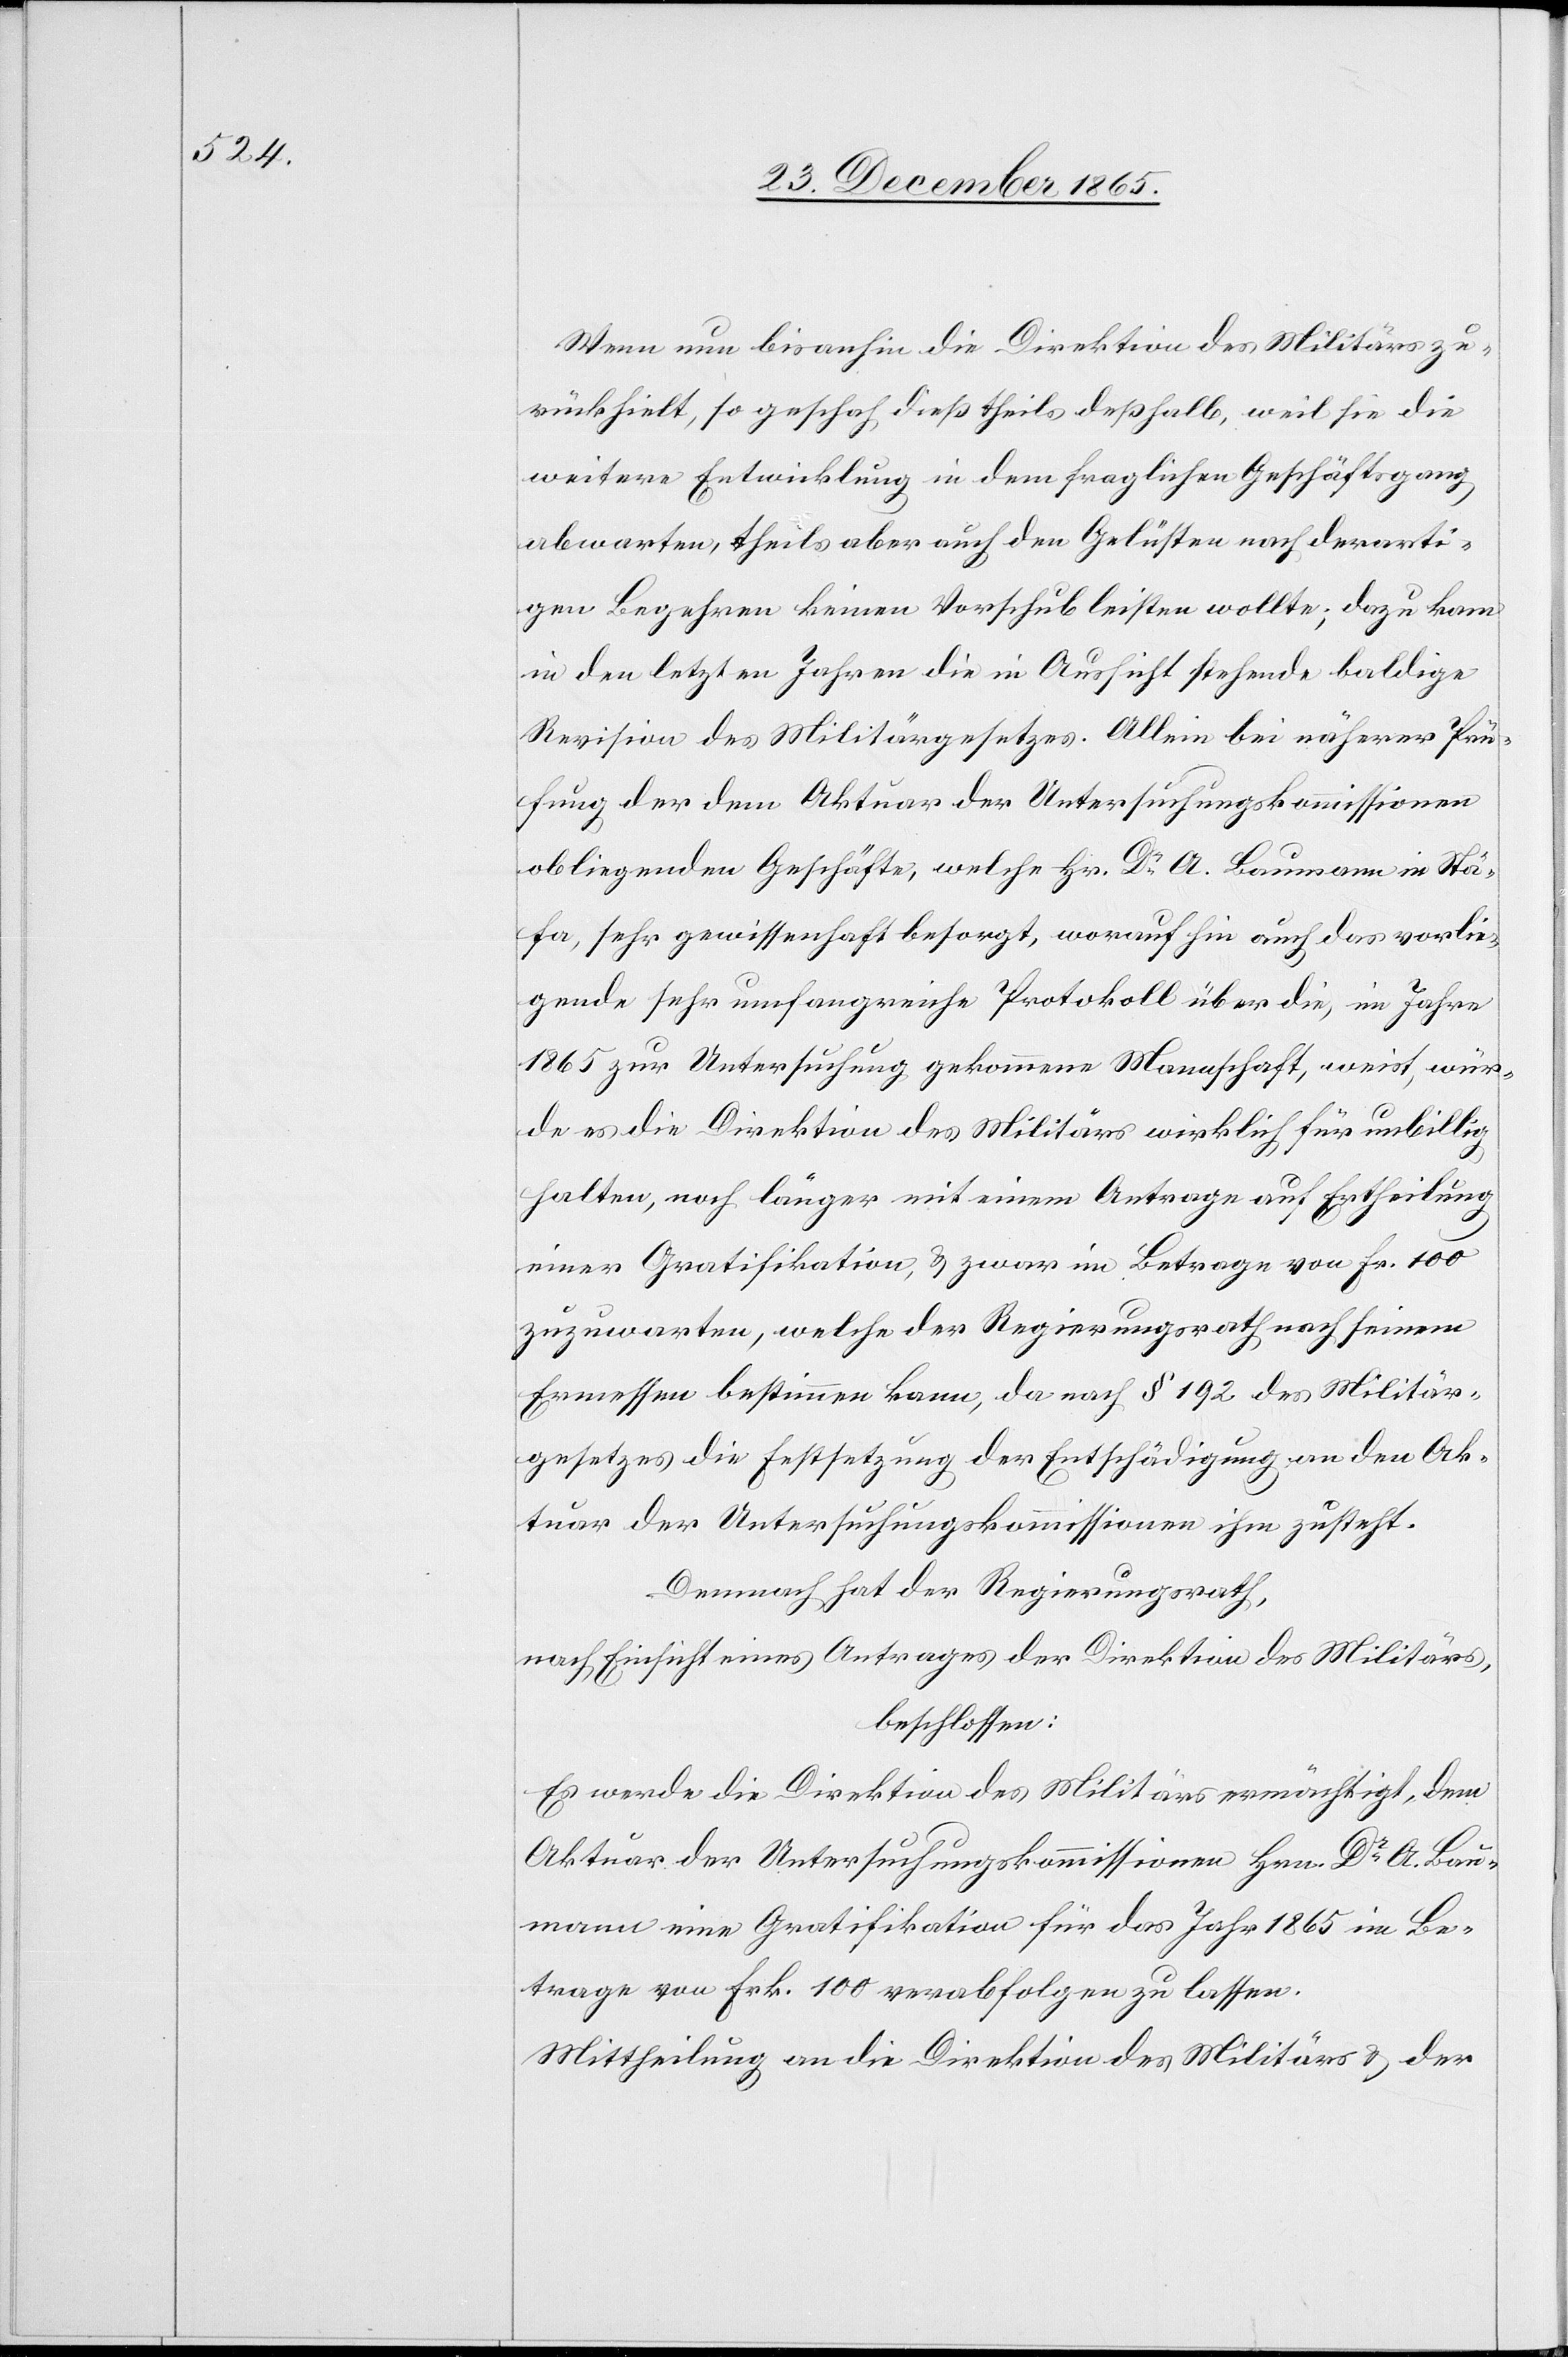
Wenn nun bis anhin die Direktion des Militärs zu¬
rückhielt, so geschah dies theils deßhalb, weil sie die
weitere Entwicklung in dem fraglichen Geschäftsgang
abwarten, theils aber auch den Gelüsten nach derarti¬
gen Begehren keinen Vorschub leisten wollte; dazu kam
in den letzten Jahren die in Aussicht stehende baldige
Revision des Militärgesetzes. Allein bei näherer Prü¬
fung der dem Aktuar der Untersuchungskommissionen
obliegenden Geschäfte, welche Hr. Dr. A. Baumann in Stä¬
fa, sehr gewissenhaft besorgt, woraufhin auch das vorlie¬
gende sehr umfangreiche Protokoll über die, im Jahre
1865 zur Untersuchung gekommene Mannschaft, weist, wür¬
de es die Direktion des Militärs wirklich für unbillig
halten, noch länger mit einem Antrage auf Ertheilung
einer Gratifikation, & zwar im Betrag von Fr. 100
zuzuwarten, welche der Regierungsrath nach seinem
Ermessen bestimmen kann, da nach § 192 des Militär¬
gesetzes die Festsetzung der Entschädigung an den Ak¬
tuar der Untersuchungskommission ihm zusteht.
Demnach hat der Regierungsrath,
nach Einsicht eines Antrages der Direktion des Militärs,
beschlossen:
Es werde die Direktion des Militärs ermächtigt, dem
Aktuar der Untersuchungskommission Hrn. Dr A. Bau¬
mann eine Gratifikation für das Jahr 1865 im Be¬
trage von Frk. 100 verabfolgen zu lassen.
Mittheilung an die Direktion[en] des Militärs & der